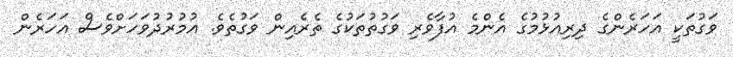
ވަގުތަކީ އަހަރެންގެ ދިރިއުޅުމުގެ އެންމެ އުފާވެރި ވަގުތުތަކުގެ ތެރެއިން ވަގުތެވެ. އުމުރުދުވަހަށްވެސް އަހަރެން